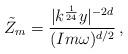
LaTeX: \begin{align*}\tilde{Z}_m=\frac{|k^{\frac{1}{24}}y|^{-2d}}{(Im\omega)^{d/2}}\,,\end{align*}